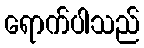
ရောက်ပါသည်